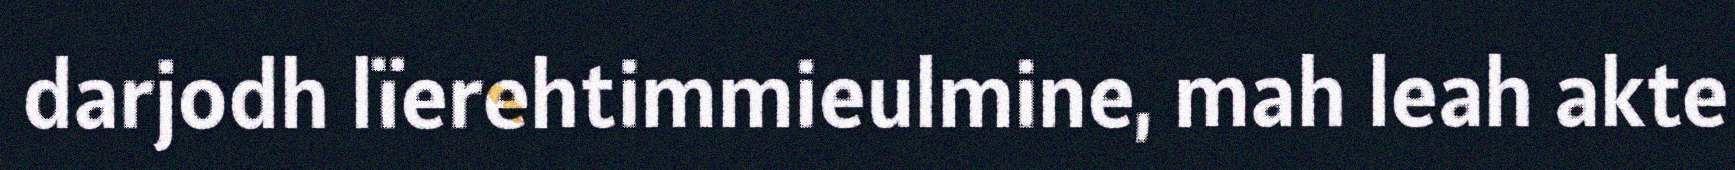
darjodh lïerehtimmieulmine, mah leah akte